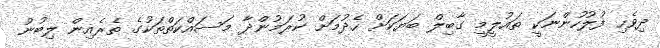
ދިވެހި ފުލުހުންނަކީ ތައުލީމީ ގާބިލް ބަޔަކަށް ހެދުމަށް ކުރަމުންދާ މަސައްކަތްތަކުގެ ތެރެއިން ލިބުނު